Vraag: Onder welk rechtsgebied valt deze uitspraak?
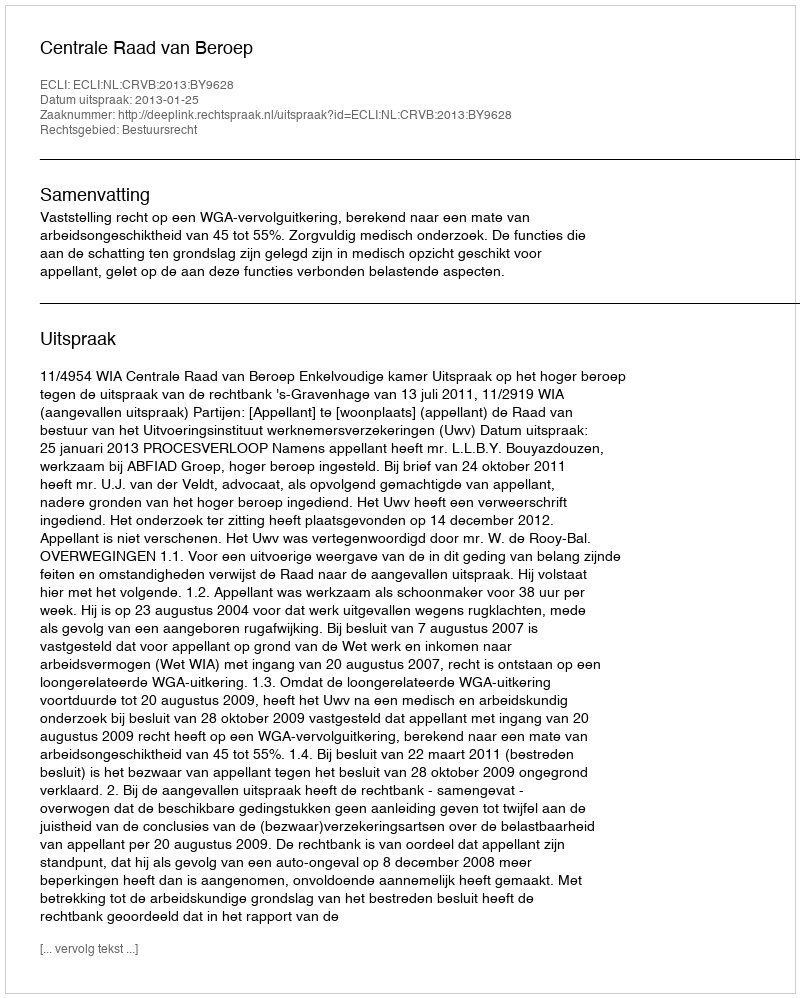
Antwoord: Bestuursrecht